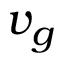
v _ { g }